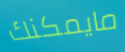
مايمكنك